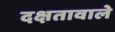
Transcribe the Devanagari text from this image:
दक्षतावाले